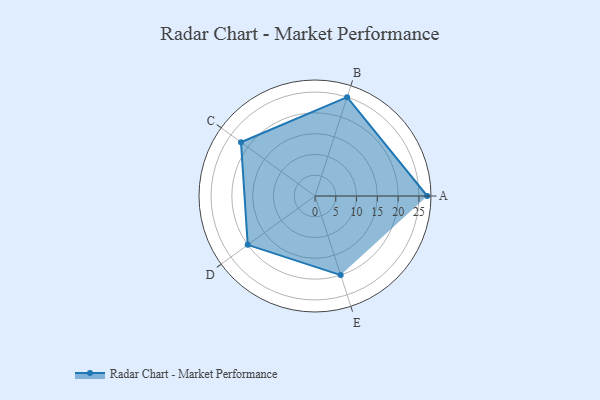
{"axis": {"x": "Skill", "y": "Score"}, "legend": ["Profile"], "data": [{"x": "A", "y": 27.0, "type": "Profile"}, {"x": "B", "y": 25.0, "type": "Profile"}, {"x": "C", "y": 22.0, "type": "Profile"}, {"x": "D", "y": 20.0, "type": "Profile"}, {"x": "E", "y": 20, "type": "Profile"}]}